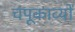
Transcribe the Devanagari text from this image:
चंपूकाव्यों